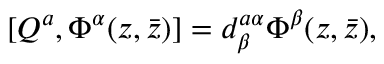
[ Q ^ { a } , \Phi ^ { \alpha } ( z , \bar { z } ) ] = d _ { \beta } ^ { a \alpha } \Phi ^ { \beta } ( z , \bar { z } ) ,